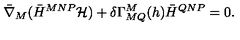
\bar { \nabla } _ { M } ( \bar { H } ^ { M N P } { \cal H } ) + \delta \Gamma _ { M Q } ^ { M } ( h ) \bar { H } ^ { Q N P } = 0 .